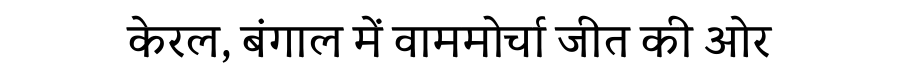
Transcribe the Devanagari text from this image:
केरल, बंगाल में वाममोर्चा जीत की ओर